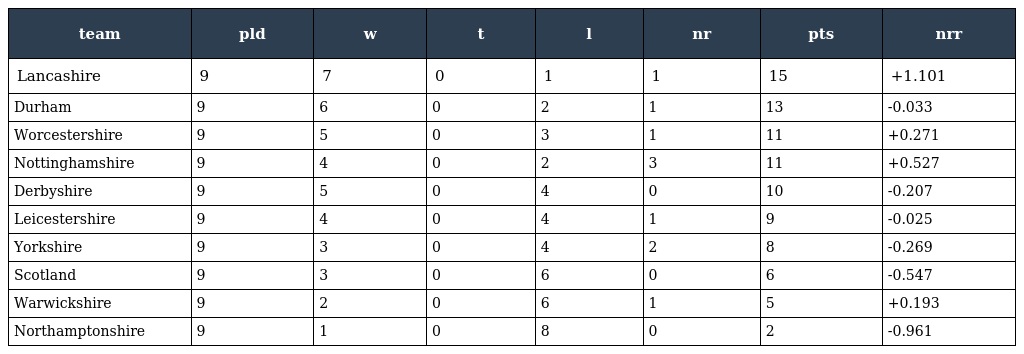
| team | pld | w | t | l | nr | pts | nrr |
 | --- | --- | --- | --- | --- | --- | --- | --- |
 | Lancashire | 9 | 7 | 0 | 1 | 1 | 15 | +1.101 |
 | Durham | 9 | 6 | 0 | 2 | 1 | 13 | -0.033 |
 | Worcestershire | 9 | 5 | 0 | 3 | 1 | 11 | +0.271 |
 | Nottinghamshire | 9 | 4 | 0 | 2 | 3 | 11 | +0.527 |
 | Derbyshire | 9 | 5 | 0 | 4 | 0 | 10 | -0.207 |
 | Leicestershire | 9 | 4 | 0 | 4 | 1 | 9 | -0.025 |
 | Yorkshire | 9 | 3 | 0 | 4 | 2 | 8 | -0.269 |
 | Scotland | 9 | 3 | 0 | 6 | 0 | 6 | -0.547 |
 | Warwickshire | 9 | 2 | 0 | 6 | 1 | 5 | +0.193 |
 | Northamptonshire | 9 | 1 | 0 | 8 | 0 | 2 | -0.961 |